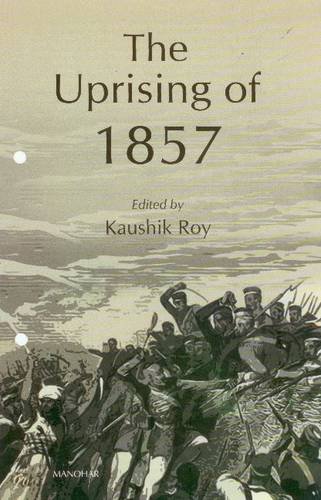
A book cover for The Uprising of 1857: Before and Beyond; History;